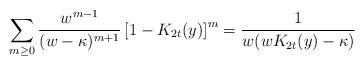
LaTeX: \begin{align*}\sum_{m \geq 0} \frac{w^{m-1}}{(w-\kappa)^{m+1}}\left[1-K_{2t}(y)\right]^m = \frac{1}{w(wK_{2t}(y) - \kappa)}\end{align*}